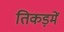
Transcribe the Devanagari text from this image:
तिकड़में